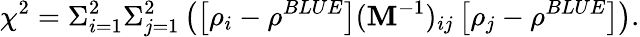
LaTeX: \chi^{2}=\Sigma_{i=1}^{2}\Sigma_{j=1}^{2}\left(\left[\rho_{i}-\rho^{BLUE}\right]({\mathbf M}^{-1})_{ij}\left[\rho_{j}-\rho^{BLUE}\right]\right).